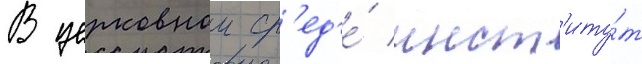
В церковнои ср'ед'е́ инст'иту́т